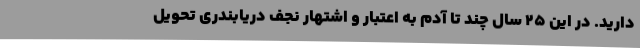
دارید. در این 25 سال چند تا آدم به اعتبار و اشتهار نجف دریابندری تحویل